Calcutta medical institutions reports 1892-1900
Year: 1892
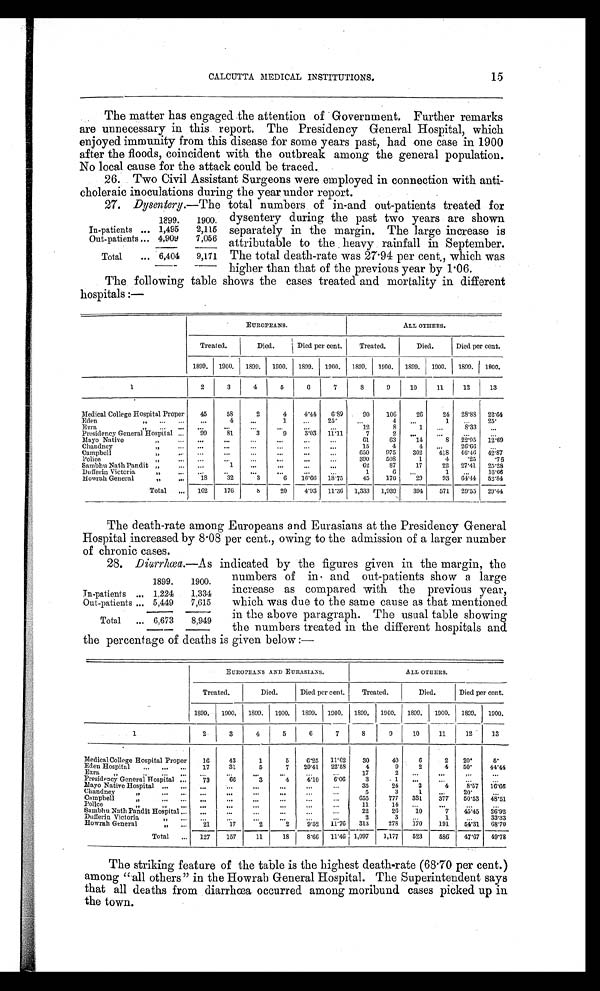
15
CALCUTTA MEDICAL INSTITUTIONS.
The matter has engaged the attention of Government. Further remarks
are unnecessary in this report. The Presidency General Hospital, which
enjoyed immunity from this disease for some years past, had one case in 1900
after the floods, coincident with the outbreak among the general population.
No local cause for the attack could be traced.
26. Two Civil Assistant Surgeons were employed in connection with anti
-choleraic inoculations during the year under report.
27. Dysentery.—The total numbers of in-and out-patients treated for
dysentery during the past two years are shown
separately in the margin. The large increase is
attributable to the heavy rainfall in September.
The total death-rate was 27.94 per cent., which was
higher than that of the previous year by 1.06.
The following table shows the cases treated and mortality in different
hospitals :—
EUROPEANS.
ALL OTHERS.
Treated.
Died.
Died per cent.
Treated.
Died.
Died per cent.
1899.
1900.
1899.
1900.
1899.
1900.
1899.
1900.
1899.
1900.
1899.
1900.
1
2
3
4
5
6
7
8
9
10
11
12
13
Medical College Hospital Proper
45
58
2
4
4.44 6.89
90
106
26
24 28.88 22.64
Eden "
. . .
4
...
1
...
25.
...
4 ...
1
. . .
25.
Ezra "
...
..
.
. . .
...
. . .
. . .
12
8
1
. . .
8.33
. . .
Presidency General Hospital
99
81
3
9
3.03 11.11
7
2 ...
. . .
. . .
. . .
Mayo Native "
...
...
...
...
...
...
61
63
14
8
22.95 12.69
Chandney "
...
...
...
. . .
...
...
15
4
4
. . .
26.66
. . .
Campbell "
. . .
...
...
...
...
...
650
975
302
418 46.46 42.87
Police "
...
. . .
. . .
...
...
...
390
508
1
4
.25
.76
Sambhu Nath Pandit "
...
1
...
...
. . .
...
62
87
17
22 27.41 25.28
Dufferin Victoria "
. . .
..
...
...
...
...
1
6
. . .
1 ...
16.66
Howrah General "
18
32
3
6
16.66 18.75
45
176
29
93 64.44 52.84
Total
162
176
8
20
4.93 11.36 1,333 1,939
394
571 29.55 29.44
The death-rate among Europeans and Eurasians at the Presidency General
Hospital increased by 8.08 per cent., owing to the admission of a larger number
of chronic cases.
28. Diurrhœa.—As indicated by the figures given in the margin, the
numbers of in and out-patients show a large
increase as compared with the previous year,
which was due to the same cause as that mentioned
in the above paragraph. The usual table showing
the numbers treated in the different hospitals and
the percentage of deaths is given below :—
EUROPEANS AND EURASIANS.
ALL OTHERS.
Treated.
Died.
Died per cent.
Treated.
Died.
Died per cent.
1899. 1900. 1899. 1900. 1899. 1900. 1899. 1900. 1899. 1900. 1899. 1900.
1
2
3
4
5
6
7
8
9
10
11
12
13
Medical College Hospital Proper
16
43
1
5
6.25 11.62
30
40
6
2 20.
5.
Eden Hospital
17
31
5
7 29.41 22.58
4
9
2
4 50.
44.44
Ezra "
. . .
. . .
. . .
. . .
. . .
...
17
2 ...
. . .
. . .
. . .
Presidency General Hospital
7 3
66
3
4
4.10 6.06
3
. 1
. . .
. . .
...
...
Mayo Native Hospital
...
. . .
...
...
...
. . .
35
24
3
4
8.57 16.66
Chandney "
. . .
...
...
. . .
. . .
...
5
3
1
...
20.
Campbell "
. . .
...
. . .
. . .
. . .
...
655
777 331
377 50.53 48.51
Police "
.
.. ...
. . .
...
...
. . .
. . .
1 1
14 ...
. . .
. . .
. . .
Sambhu Nath Pandit Hospital
. . .
. . .
. . .
. . .
. . .
. . .
22
26
10
7 45.45 26.92
Dufferin Victoria "
. . .
. . .
...
...
. . .
. . .
2
3 ...
1
. . .
33.33
Howrah General "
21
17
2
2
9.52 11.76 313
278 170
191
54.31 68.70
Total
127
157
11
18
8.66 11.46 1,097 1,177 523
586 47.67 49.78
The striking feature of the table is the highest death-rate (68.70 per cent.)
among "all others" in the Howrah General Hospital. The Superintendent says
that all deaths from diarrhœa occurred among moribund cases picked up in
the town.
1899.
1900.
In-patients
1,495
2,115
Out-patients
4,909
7,056
Total
6,404
9,171
1899.
1900.
In-patients
1,224
1,334
Out-patients
5,449
7,615
Total
6,673
8,949